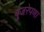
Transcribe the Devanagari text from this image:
बुजरेपणा